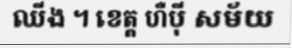
ឈីង ។ ខេត្ត ហឺប៉ី សម័យ